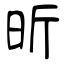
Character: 昕